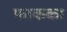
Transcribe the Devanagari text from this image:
फाकका